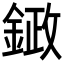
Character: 𮢙